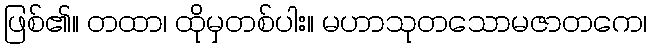
ဖြစ်၏။ တထာ၊ ထိုမှတစ်ပါး။ မဟာသုတသောမဇာတကေ၊